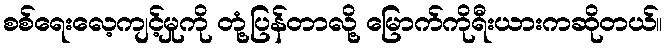
စစ်ရေးလေ့ကျင့်မှုကို တုံ့ပြန်တာလို့ မြောက်ကိုရီးယားကဆိုတယ်။